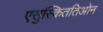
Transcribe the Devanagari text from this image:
एसुस्किततिओन